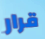
قرار